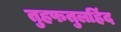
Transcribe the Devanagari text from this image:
तुहफतुलहिंद